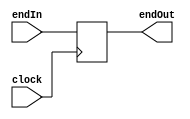
module contadorPrograma (input wire clock, input wire [31:0] endIn, output wire [31:0] endOut);
	reg [31:0] endereco = 31'b0;
	
	always @(posedge clock)
		endereco = endIn;
		
	assign endOut = endereco;
	
endmodule

// modulo que recebe o endereco da instrucao atual no final de cada ciclo de clock